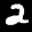
Label: 2